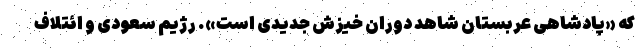
که «پادشاهی عربستان شاهد دوران خیزش جدیدی است». رژیم سعودی و ائتلاف